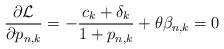
LaTeX: \begin{align*} \frac{\partial \mathcal{L} }{ \partial p_{n,k} } = - \frac{ c_k + \delta_k}{1 + p_{n,k} } + \theta \beta_{n,k} = 0 \end{align*}